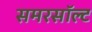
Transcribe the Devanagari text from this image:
समरसॉल्ट